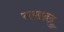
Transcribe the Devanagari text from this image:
नखदद्रु